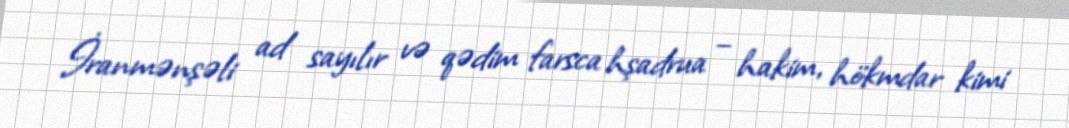
İranmənşəli ad sayılır və qədim farsca hşadrua – hakim, hökmdar kimi